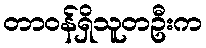
တာဝန်ရှိသူတဦးက